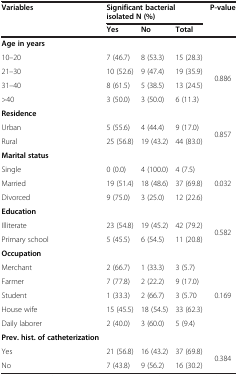
<table><thead><tr><td rowspan="2"><b>Variables</b></td><td colspan="3"><b>Significant bacterial isolated N (%)</b></td><td rowspan="2"><b>P-value</b></td></tr><tr><td><b>Yes</b></td><td><b>No</b></td><td><b>Total</b></td></tr></thead><tbody><tr><td><b>Age in years</b></td><td> </td><td> </td><td> </td><td> </td></tr><tr><td>10–20</td><td>7 (46.7)</td><td>8 (53.3)</td><td>15 (28.3)</td><td rowspan="4">0.886</td></tr><tr><td>21–30</td><td>10 (52.6)</td><td>9 (47.4)</td><td>19 (35.9)</td></tr><tr><td>31–40</td><td>8 (61.5)</td><td>5 (38.5)</td><td>13 (24.5)</td></tr><tr><td>&gt;40</td><td>3 (50.0)</td><td>3 (50.0)</td><td>6 (11.3)</td></tr><tr><td><b>Residence</b></td><td> </td><td> </td><td> </td><td> </td></tr><tr><td>Urban</td><td>5 (55.6)</td><td>4 (44.4)</td><td>9 (17.0)</td><td rowspan="2">0.857</td></tr><tr><td>Rural</td><td>25 (56.8)</td><td>19 (43.2)</td><td>44 (83.0)</td></tr><tr><td><b>Marital status</b></td><td> </td><td> </td><td> </td><td> </td></tr><tr><td>Single</td><td>0 (0.0)</td><td>4 (100.0)</td><td>4 (7.5)</td><td rowspan="3">0.032</td></tr><tr><td>Married</td><td>19 (51.4)</td><td>18 (48.6)</td><td>37 (69.8)</td></tr><tr><td>Divorced</td><td>9 (75.0)</td><td>3 (25.0)</td><td>12 (22.6)</td></tr><tr><td><b>Education</b></td><td> </td><td> </td><td> </td><td> </td></tr><tr><td>Illiterate</td><td>23 (54.8)</td><td>19 (45.2)</td><td>42 (79.2)</td><td rowspan="2">0.582</td></tr><tr><td>Primary school</td><td>5 (45.5)</td><td>6 (54.5)</td><td>11 (20.8)</td></tr><tr><td><b>Occupation</b></td><td> </td><td> </td><td> </td><td> </td></tr><tr><td>Merchant</td><td>2 (66.7)</td><td>1 (33.3)</td><td>3 (5.7)</td><td rowspan="5">0.169</td></tr><tr><td>Farmer</td><td>7 (77.8)</td><td>2 (22.2)</td><td>9 (17.0)</td></tr><tr><td>Student</td><td>1 (33.3)</td><td>2 (66.7)</td><td>3 (5.70</td></tr><tr><td>House wife</td><td>15 (45.5)</td><td>18 (54.5)</td><td>33 (62.3)</td></tr><tr><td>Daily laborer</td><td>2 (40.0)</td><td>3 (60.0)</td><td>5 (9.4)</td></tr><tr><td><b>Prev. hist. of catheterization</b></td><td> </td><td> </td><td> </td><td> </td></tr><tr><td>Yes</td><td>21 (56.8)</td><td>16 (43.2)</td><td>37 (69.8)</td><td>0.384</td></tr><tr><td>No</td><td>7 (43.8)</td><td>9 (56.2)</td><td>16 (30.2)</td><td> </td></tr></tbody></table>